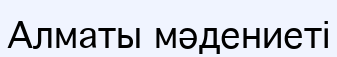
Алматы мәдениеті